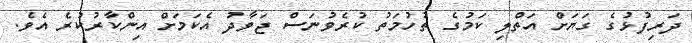
ދަރިފުޅުގެ ގަޔަށް އަތްލި ކަމުގެ ތުހުމަތު ކުރެވުނަސް ޖަވާދު އެކަމަށް އިންކާރުކުރެ އެވެ.